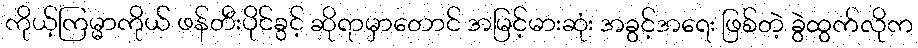
ကိုယ့်ကြမ္မာကိုယ် ဖန်တီးပိုင်ခွင့် ဆိုရာမှာတောင် အမြင့်မားဆုံး အခွင့်အရေး ဖြစ်တဲ့ ခွဲထွက်လိုက